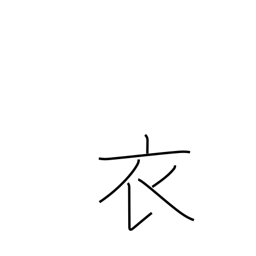
Meaning: garment